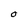
Character: O